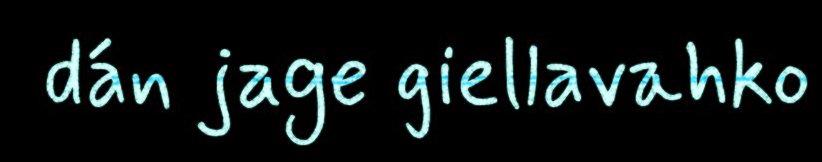
dán jage giellavahko